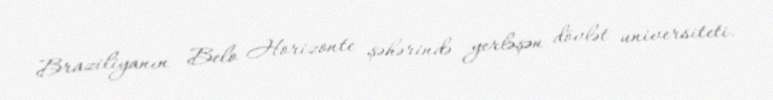
Braziliyanın Belo Horizonte şəhərində yerləşən dövlət universiteti.